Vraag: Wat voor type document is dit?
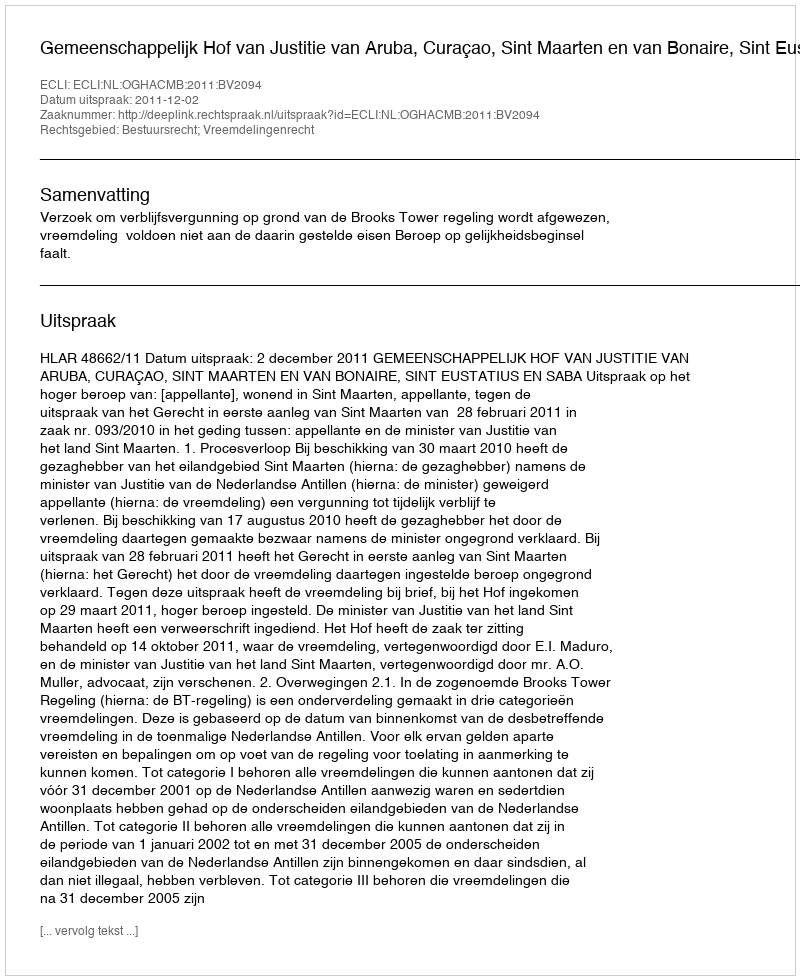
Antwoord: Uitspraak